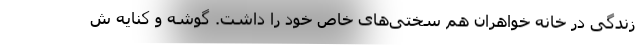
زندگی در خانه خواهران هم سختی‌های خاص خود را داشت. گوشه و کنایه ش